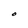
Character: O